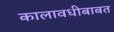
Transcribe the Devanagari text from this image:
कालावधीबाबत